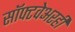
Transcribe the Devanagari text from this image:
सॉफ्टवेअरही